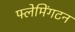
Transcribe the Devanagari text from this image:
फ्लेमिंगटन